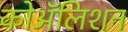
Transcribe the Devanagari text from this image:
कोॲलिशन